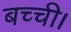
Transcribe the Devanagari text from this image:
बच्ची।